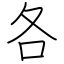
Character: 各